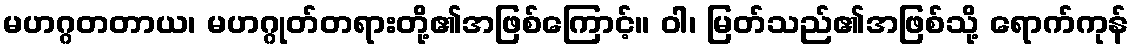
မဟဂ္ဂတတာယ၊ မဟဂ္ဂုတ်တရားတို့၏အဖြစ်ကြောင့်။ ဝါ၊ မြတ်သည်၏အဖြစ်သို့ ရောက်ကုန်